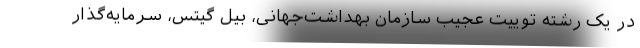
در یک رشته توییت عجیب سازمان بهداشت‌جهانی، بیل گیتس، سرمایه‌‌گذار